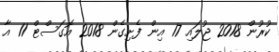
ކުރުން 2018 ޖުލައި 17 އިން ފެށިގެން 2018 އޮގަސްޓް 11 އާ